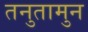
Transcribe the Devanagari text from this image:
तनुतामुन